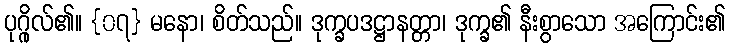
ပုဂ္ဂိုလ်၏။ {၀၇} မနော၊ စိတ်သည်။ ဒုက္ခပဒဋ္ဌာနတ္တာ၊ ဒုက္ခ၏ နီးစွာသော အကြောင်း၏